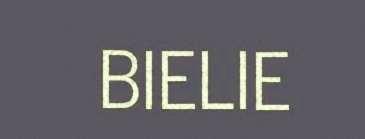
BIELIE